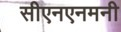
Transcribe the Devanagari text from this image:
सीएनएनमनी